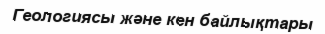
Геологиясы және кен байлықтары